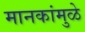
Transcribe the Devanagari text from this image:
मानकांमुळे